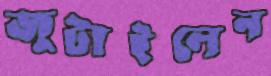
জুটাইলেন